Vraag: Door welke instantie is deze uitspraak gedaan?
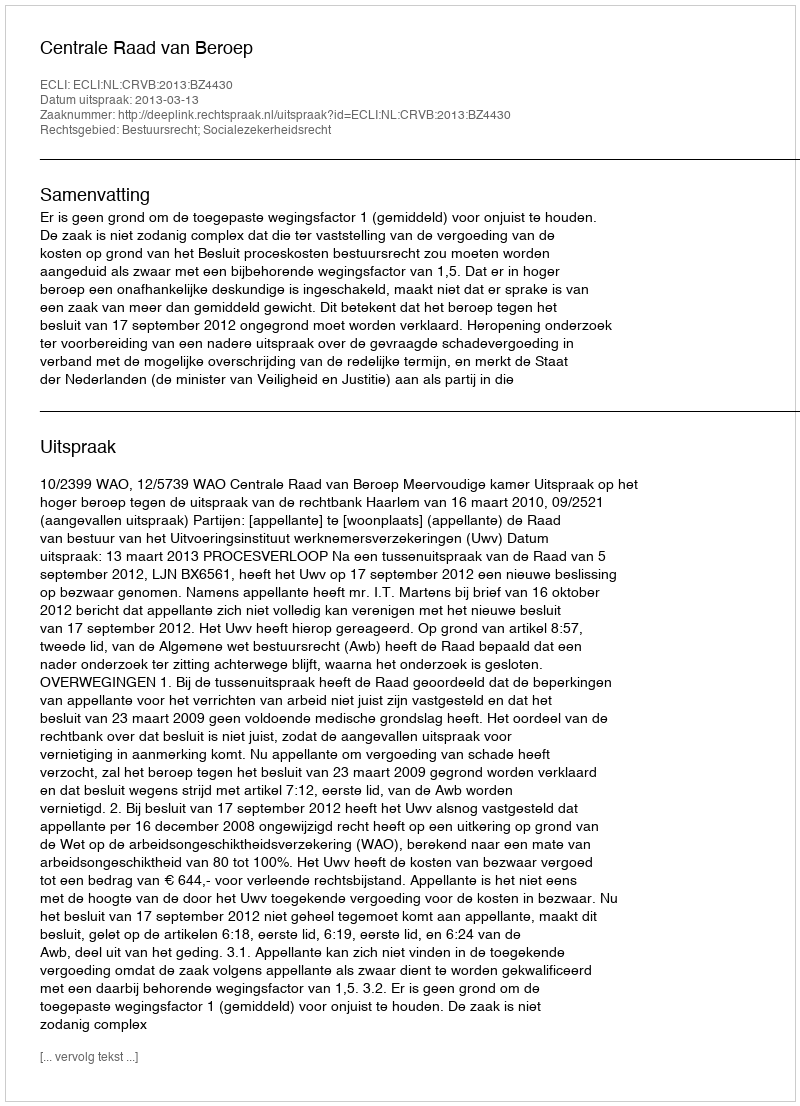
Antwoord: Centrale Raad van Beroep